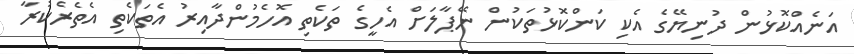
އަނެއްކޮޅުން ދުނިޔޭގެ އެކި ކަންކޮޅުތަކުން ނޭޕާލަށް އެހީގެ ތަކެތި އޮހެމުންދާއިރު އެތަކެތި އެތެރެކުރާ